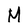
Character: M